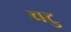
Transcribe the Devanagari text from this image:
वटु